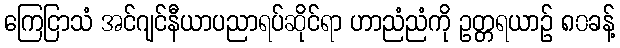
ကြေငြာသံ အင်ဂျင်နီယာပညာရပ်ဆိုင်ရာ ဟာညံညံကို ဥတ္တရယာဉ် ၈၀ခန့်